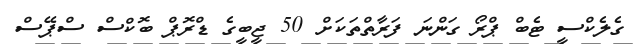
ގެލެކްސީ ޓެބް ޕްރޯ ގަންނަ ފަރާތްތަކަށް 50 ޖީބީގެ ޑްރޮޕް ބޮކްސް ސްޕޭސް